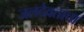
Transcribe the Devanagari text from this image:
जलदेवतांचा